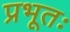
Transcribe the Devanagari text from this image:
प्रभूतः